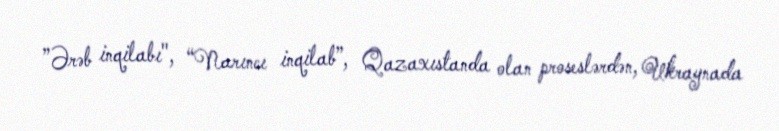
”Ərəb inqilabı", “Narıncı inqilab”, Qazaxıstanda olan proseslərdən, Ukraynada